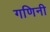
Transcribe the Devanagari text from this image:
गणिनी